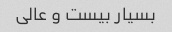
بسیار بیست و عالی